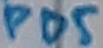
Text: PD5